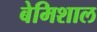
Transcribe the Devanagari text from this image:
बेमिशाल